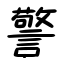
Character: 警